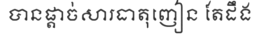
បានផ្តាច់សារធាតុញៀន តែដឹង